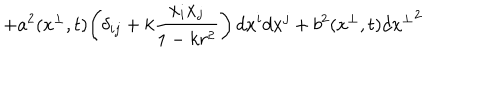
+ a ^ { 2 } ( x ^ { \perp } , t ) \! \left( \delta _ { i j } + k \frac { x _ { i } x _ { j } } { 1 - k r ^ { 2 } } \right) d x ^ { i } d x ^ { j } + b ^ { 2 } ( x ^ { \perp } , t ) d { x ^ { \perp } } ^ { 2 }